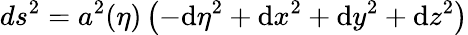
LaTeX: ds^{2}=a^{2}(\eta)\left(-\mathrm{d}\eta^{2}+\mathrm{d}x^{2}+\mathrm{d}y^{2}+\mathrm{d}z^{2}\right)